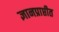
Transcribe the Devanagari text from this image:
ज्ञानप्राप्तीत